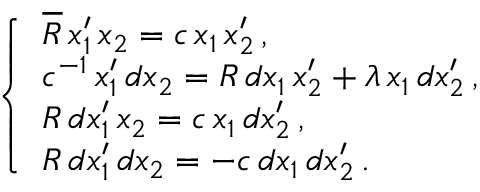
\; \; \; \; \; \left\{ \begin{array} { l } { { \overline { { { R } } } \, x _ { 1 } ^ { \prime } \, x _ { 2 } = c \, x _ { 1 } \, x _ { 2 } ^ { \prime } \, , } } \\ { { c ^ { - 1 } \, x _ { 1 } ^ { \prime } \, d x _ { 2 } = R \, d x _ { 1 } \, x _ { 2 } ^ { \prime } + \lambda \, x _ { 1 } \, d x _ { 2 } ^ { \prime } \, , } } \\ { { R \, d x _ { 1 } ^ { \prime } \, x _ { 2 } = c \, x _ { 1 } \, d x _ { 2 } ^ { \prime } \, , } } \\ { { R \, d x _ { 1 } ^ { \prime } \, d x _ { 2 } = - c \, d x _ { 1 } \, d x _ { 2 } ^ { \prime } \, . } } \end{array} \right.